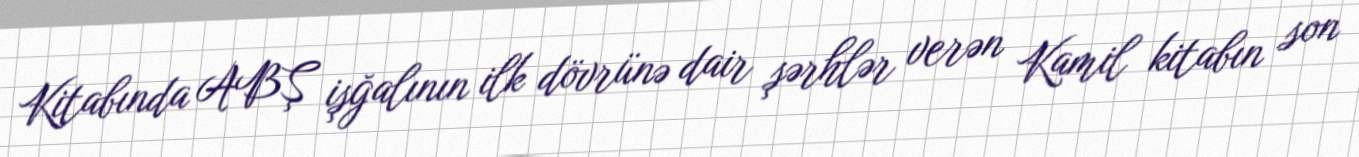
Kitabında ABŞ işğalının ilk dövrünə dair şərhlər verən Kamil kitabın son